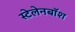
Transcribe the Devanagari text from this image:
स्टेलेनबॉश